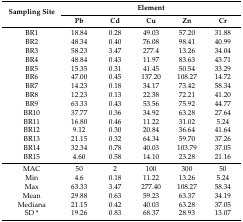
<table><thead><tr><td rowspan="2"><b>Sampling Site</b></td><td colspan="5"><b>Element</b></td></tr><tr><td><b>Pb</b></td><td><b>Cd</b></td><td><b>Cu</b></td><td><b>Zn</b></td><td><b>Cr</b></td></tr></thead><tbody><tr><td>BR1</td><td>18.84</td><td>0.28</td><td>49.03</td><td>57.20</td><td>31.88</td></tr><tr><td>BR2</td><td>48.34</td><td>0.40</td><td>76.08</td><td>98.41</td><td>40.99</td></tr><tr><td>BR3</td><td>58.23</td><td>3.47</td><td>277.4</td><td>13.26</td><td>34.04</td></tr><tr><td>BR4</td><td>48.84</td><td>0.43</td><td>11.97</td><td>83.63</td><td>43.71</td></tr><tr><td>BR5</td><td>15.35</td><td>0.31</td><td>41.45</td><td>50.54</td><td>33.29</td></tr><tr><td>BR6</td><td>47.00</td><td>0.45</td><td>137.20</td><td>108.27</td><td>14.72</td></tr><tr><td>BR7</td><td>14.23</td><td>0.18</td><td>34.17</td><td>73.42</td><td>58.34</td></tr><tr><td>BR8</td><td>12.23</td><td>0.13</td><td>22.38</td><td>72.21</td><td>41.20</td></tr><tr><td>BR9</td><td>63.33</td><td>0.43</td><td>53.56</td><td>75.92</td><td>44.77</td></tr><tr><td>BR10</td><td>37.77</td><td>0.36</td><td>34.92</td><td>63.28</td><td>27.64</td></tr><tr><td>BR11</td><td>16.80</td><td>0.46</td><td>11.22</td><td>31.02</td><td>5.24</td></tr><tr><td>BR12</td><td>9.12</td><td>0.30</td><td>20.84</td><td>36.64</td><td>41.64</td></tr><tr><td>BR13</td><td>21.15</td><td>0.32</td><td>64.34</td><td>59.70</td><td>37.26</td></tr><tr><td>BR14</td><td>32.34</td><td>0.78</td><td>40.03</td><td>103.79</td><td>37.05</td></tr><tr><td>BR15</td><td>4.60</td><td>0.58</td><td>14.10</td><td>23.28</td><td>21.16</td></tr><tr><td>MAC</td><td>50</td><td>2</td><td>100</td><td>300</td><td>50</td></tr><tr><td>Min</td><td>4.6</td><td>0.18</td><td>11.22</td><td>13.26</td><td>5.24</td></tr><tr><td>Max</td><td>63.33</td><td>3.47</td><td>277.40</td><td>108.27</td><td>58.34</td></tr><tr><td>Mean</td><td>29.88</td><td>0.63</td><td>59.23</td><td>63.37</td><td>34.19</td></tr><tr><td>Mediana</td><td>21.15</td><td>0.42</td><td>40.03</td><td>63.28</td><td>37.05</td></tr><tr><td>SD *</td><td>19.26</td><td>0.83</td><td>68.37</td><td>28.93</td><td>13.07</td></tr></tbody></table>